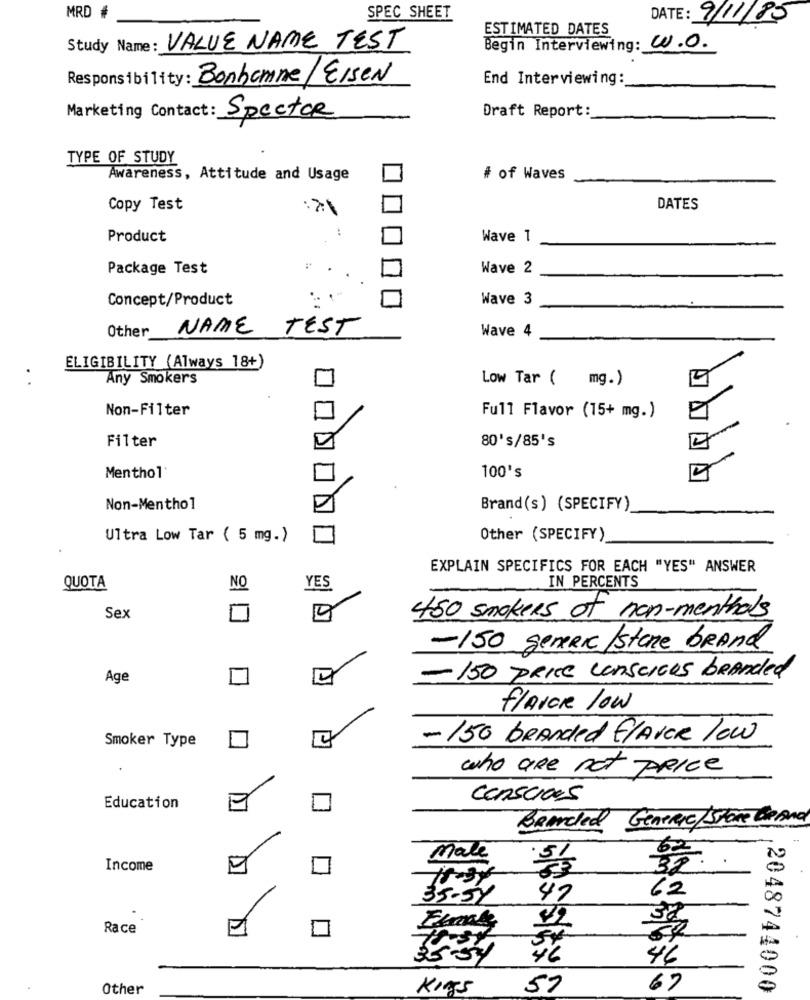
MRD #
SPEC SHEET
DATE: 9/11/85
ESTIMATED DATES
Study Name: VALUE NAME TEST
Begin Interviewing: W.O.
Responsibility: Bonhomme/ EISEN
End Interviewing:
Draft Report:
Marketing Contact: Spector
TYPE OF STUDY
Awareness, Attitude and Usage
# of Waves
Copy Test
:21
DATES
:
Product
Wave 1
Package Test
Wave 2
Concept/Product
Wave 3
Other
NAME
TEST
Wave 4
ELIGIBILITY (Always 18+)
Any Smokers
Low Tar ( mg.)
Non-Filter
Full Flavor (15+ mg.)
Filter
80's/85's
100's
Menthol
Non-Menthol
Brand(s) (SPECIFY)
Ultra Low Tar ( 5 mg.)
Other (SPECIFY)
EXPLAIN SPECIFICS FOR EACH "YES" ANSWER
IN PERCENTS
QUOTA
NO
YES
Sex
450 smokers of non-menthols
-150 generic /store brand
Age
- 150 PRICE conSCIEns branded
FLAVOR low
Smoker Type
-150 BRANded FLAVOR low
who are not PRICE
conseres
Education
BRANched GeneRic/Store BeAnd
62
Male
Income
32
10-34
35-54
47
62
Race
22
35-54
46
Other
Kings
57
67
2048744000